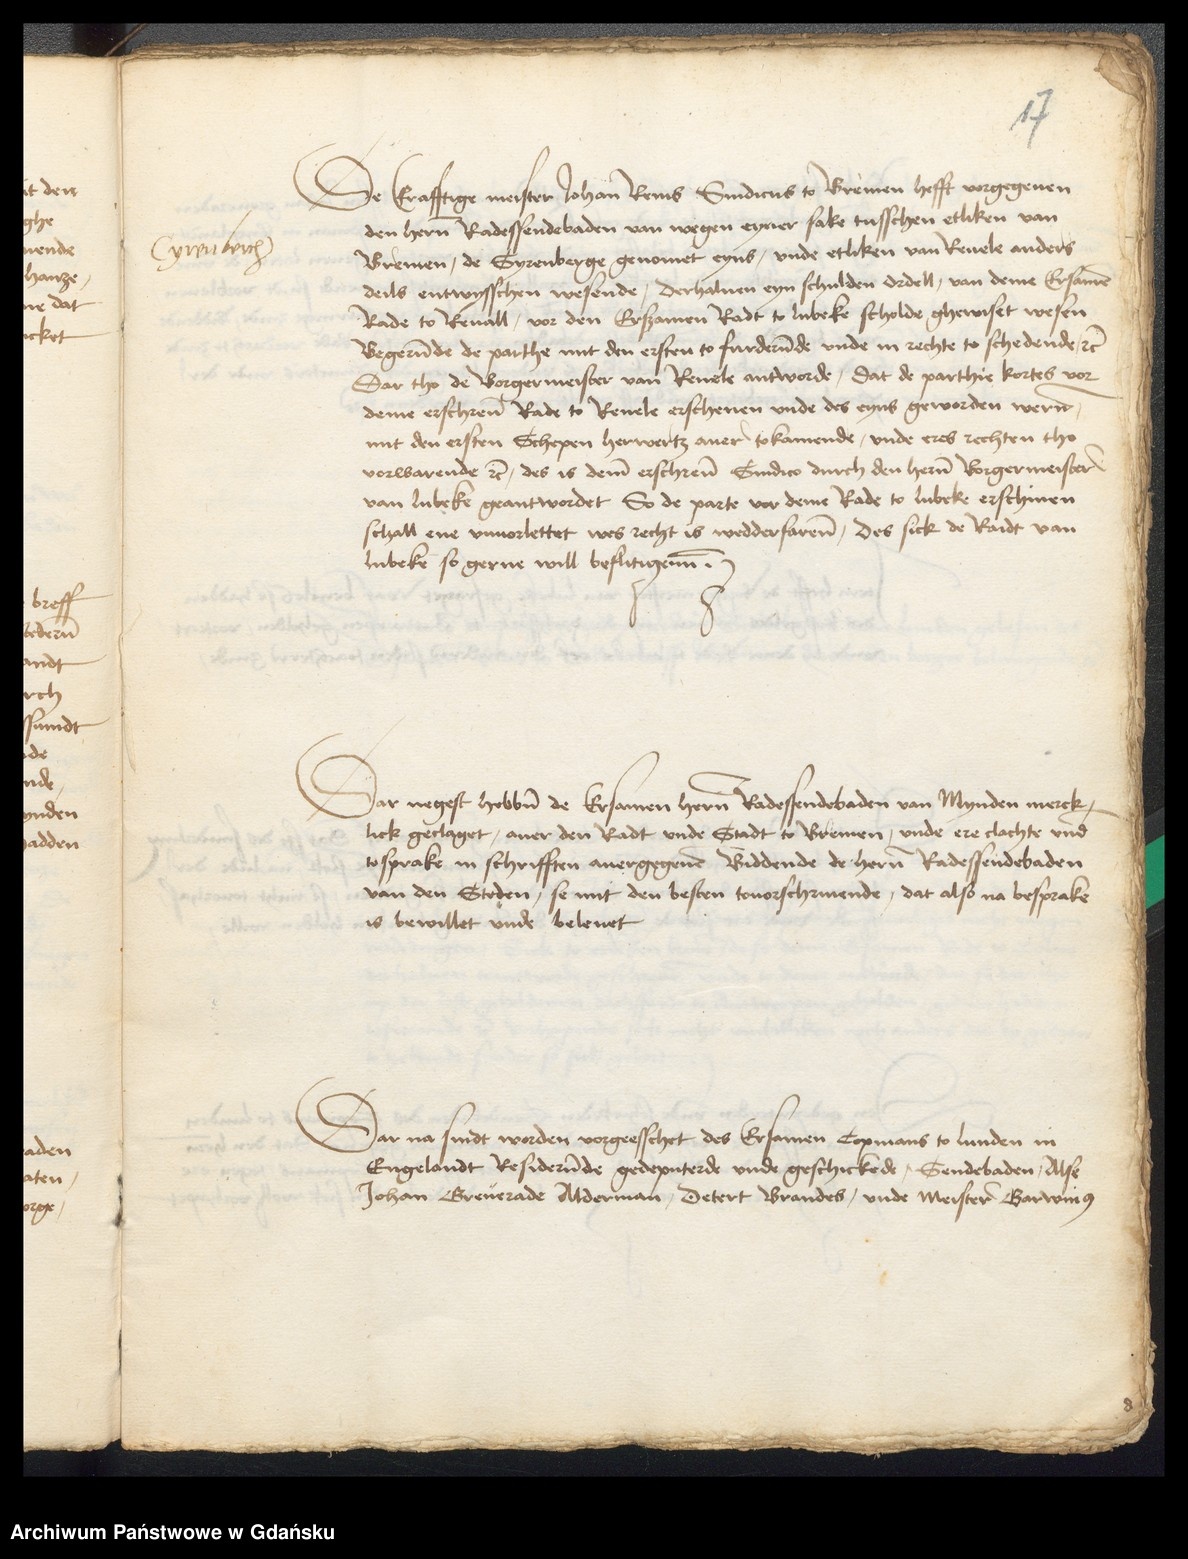
17

De Erafftige meister Johan Renis Sindicus to Bremen hefft vorgegeuen
den heren Radessendebaden van wegen eyner sake tusschen etliken van
Bremen, de Syrenberge genomet eyns, vnde etliken van Reuele anders
deils entwysschen wesende, derhaluen eyn schulden ordell, van deme Ersamen
Rade to Reuall, vor den Ersamen Radt to Lubeke scholde ghewiset wesen
Begerende de parthe mit den ersten to furderende vnde in rechte to schedende etcetera
Dar tho de Borgermeister van Reuele antworde, dat de parthie kortes vor
deme erschreuen Rade to Reuele erschenen vnde des eyns geworden weren
mit den ersten Schepen herwertz auer tokamende, vnde eres rechten tho
vorwarende etcetera, des is deme erschreuen Sindico durch den heren Borgermeister
van Lubeke geantwordet So de parte vor deme Rade to Lubeke erschinen
schall ene vnuorlettet wes recht is wedderfarene, des sick de Radt van
Lubeke so gerne will beflitigenne.

Cyrenberg

Dar negest hebben de Ersamen hern Radessendebaden van Mynden merck¬
lick geclaget, auer den Radt vnde Stadt to Bremen, vnde ere clachte vnd
tosprake in schrifften auergegeuen Biddende de heren Radessendebaden
van den Steden, se mit den besten touorschriuende, dat also na besprake
is bewillet vnde beleuet.

Dar na sindt worden vorgeeschet des Ersamen Copmans to Lunden in
Engelandt Residerende gedeputerde vnde geschickede, Sendebaden, Alse
Johan Greuerade Alderman, Detert Brandes, vnde Meister Garwinus